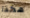
هكذا